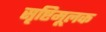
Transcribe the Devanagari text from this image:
सृष्टिमूलक